Vaccination in the Punjab 1883-1896 - 1883-1896
Year: 1883
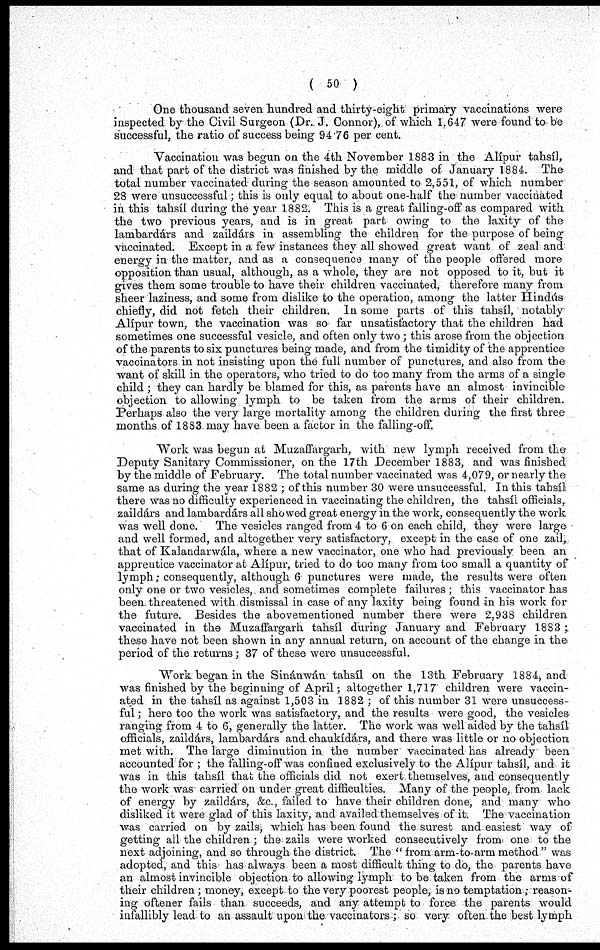
( 50 )
One thousand seven hundred and thirty-eight primary vaccinations were
inspected by the Civil Surgeon (Dr. J. Connor), of which 1.647 were found to be
successful, the ratio of success being 94.76 per cent.
Vaccination was begun on the 4th November 1883 in the Alípur tahsíl,
and that part of the district was finished by the middle of January 1884. The
total number vaccinated during the season amounted to 2,551, of which number
28 were unsuccessful; this is only equal to about one-half the number vaccinated
in this tahsíl during the year 1882. This is a great falling-off as compared with
the two previous years, and is in great part owing to the laxity of the
lambardárs and zaildárs in assembling the children for the purpose of being
vaccinated. Except in a few instances they all showed great want of zeal and
energy in the matter, and as a consequence many of the people offered more
opposition than usual, although, as a whole, they are not opposed to it, but it
gives them some trouble to have their children vaccinated, therefore many from
sheer laziness, and some from dislike to the operation, among the latter Hindús
chiefly, did not fetch their children. In some parts of this tahsíl, notably
Alípur town, the vaccination was so far unsatisfactory that the children had
sometimes one successful vesicle, and often only two ; this arose from the objection
of the parents to six punctures being made, and from the timidity of the apprentice
vaccinators in not insisting upon the full number of punctures, and also from the
want of skill in the operators, who tried to do too many from the arms of a single
child ; they can hardly be blamed for this, as parents have an almost invincible
objection to allowing lymph to be taken from the arms of their children.
Perhaps also the very large mortality among the children during the first three
months of 1883 may have been a factor in the falling-off.
Work was begun at Muzaffargarh, with new lymph received from the
Deputy Sanitary Commissioner, on the 17th December 1883, and was finished
by the middle of February. The total number vaccinated was 4,079, or nearly the
same as during the year 1882; of this number 30 were unsuccessful. In this tahsíl
there was no difficulty experienced in vaccinating the children, the tahsíl officials,
zaildárs and lambardárs all showed great energy in the work, consequently the work
was well done. The vesicles ranged from 4 to 6 on each child, they were large
and well formed, and altogether very satisfactory, except in the case of one zail,
that of Kalandarwála, where a new vaccinator, one who had previously been an
apprentice vaccinator at Alípur, tried to do too many from too small a quantity of
lymph; consequently, although 6 punctures were made, the results were often
only one or two vesicles, and sometimes complete failures; this vaccinator has
been threatened with dismissal in case of any laxity being found in his work for
the future. Besides the abovementioned number there were 2,938 children
vaccinated in the Muzaffargarh tahsíl during January and February 1883 ;
these have not been shown in any annual return, on account of the change in the
period of the returns ; 37 of these were unsuccessful.
Work began in the Sinánwán tahsíl on the 13th February 1884, and
was finished by the beginning of April; altogether 1,717 children were vaccin-
ated in the tahsíl as against 1,503 in 1882 ; of this number 31 were unsuccess-
ful ; here too the work was satisfactory, and the results were good, the vesicles-
ranging from 4 to 6, generally the latter. The work was well aided by the tahsíl
officials, zaildárs, lambardárs and chaukídárs, and there was little or no objection
met with. The large diminution in the number vaccinated has already been
accounted for ; the falling-off was confined exclusively to the Alípur tahsíl, and it
was in this tahsíl that the officials did not exert themselves, and consequently
the work was carried on under great difficulties. Many of the people, from lack
of energy by zaildárs, &c., failed to have their children done, and many who
disliked it were glad of this laxity, and availed themselves of it. The vaccination
was carried on by zails, which has been found the surest and easiest way of
getting all the children; the zails were worked consecutively from one to the
next adjoining, and so through the district. The "from arm-to-arm method" was
adopted, and this has always been a most difficult thing to do, the parents have
an almost invincible objection to allowing lymph to be taken from the arms of
their children ; money, except to the very poorest people, is no temptation; reason-
ing oftener fails than succeeds, and any attempt to force the parents would
infallibly lead to an assault upon the vaccinators; so very often the best lymph